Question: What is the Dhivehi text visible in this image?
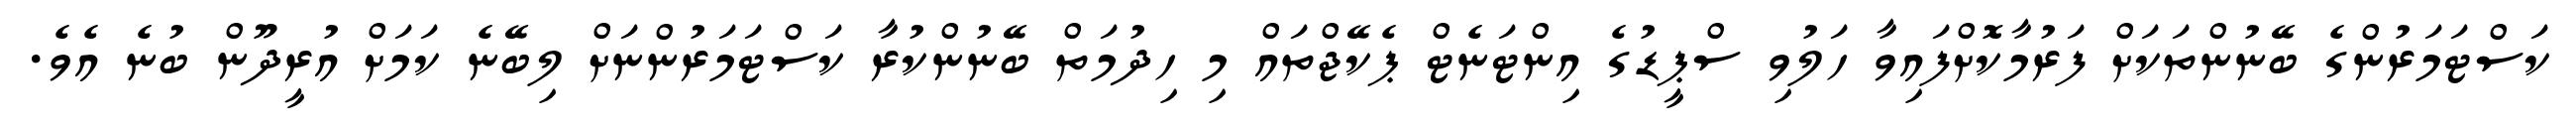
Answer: ކަސްޓަމަރުންގެ ބޭނުންތަކަށް ފަރުމާކޮށްފައިވާ ހަލުވި ސްޕީޑުގެ އިންޓަނެޓް ޕެކޭޖްތައް މި ހިދުމަތް ބޭނުންކުރާ ކަސްޓަމަރުންނަށް ލިބޭނެ ކަމަށް އުރީދޫން ބުނެ އެވެ.